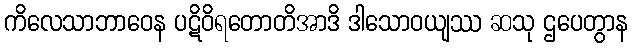
ကိလေသာဘာဝေန ပဋိဝိရတောတိအာဒိ ဒါသောဝယျဿ ဆသု ဌပေတွာန